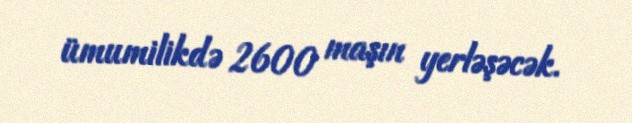
ümumilikdə 2600 maşın yerləşəcək.